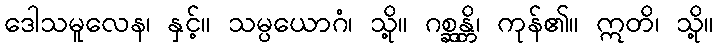
ဒေါသမူလေန၊ နှင့်။ သမ္ပယောဂံ၊ သို့။ ဂစ္ဆန္တိ၊ ကုန်၏။ ဣတိ၊ သို့။